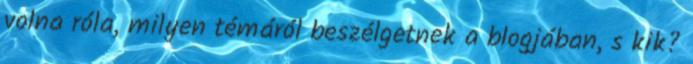
volna róla, milyen témáról beszélgetnek a blogjában, s kik?